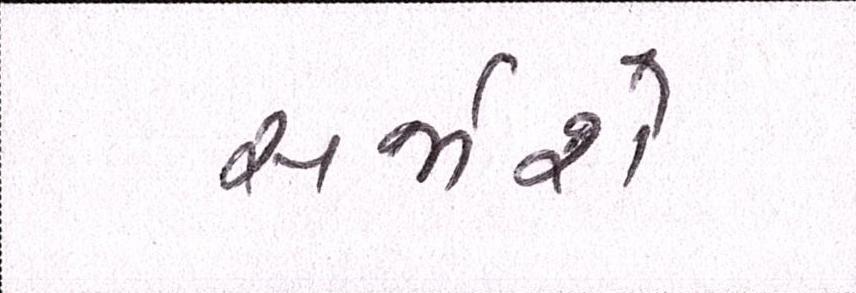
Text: સર્જાશે